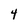
Character: 4